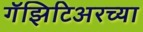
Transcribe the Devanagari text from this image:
गॅझिटिअरच्या